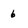
Character: 6